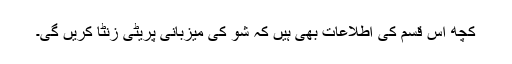
کچھ اس قسم کی اطلاعات بھی ہیں کہ شو کی میزبانی پریٹی زنٹا کریں گی۔